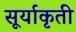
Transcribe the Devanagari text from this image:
सूर्याकृती